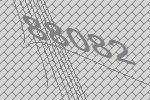
88082